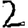
Digit: 2